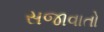
સજાવાતો